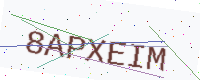
Text: 8APXEIM